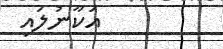
އަކާނުލައި